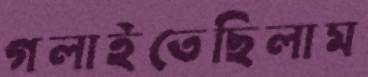
গলাইতেছিলাম